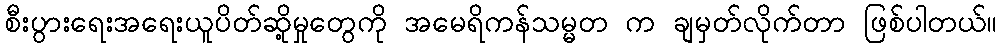
စီးပွားရေးအရေးယူပိတ်ဆို့မှုတွေကို အမေရိကန်သမ္မတ က ချမှတ်လိုက်တာ ဖြစ်ပါတယ်။